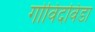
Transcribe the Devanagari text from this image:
गोविदविडा